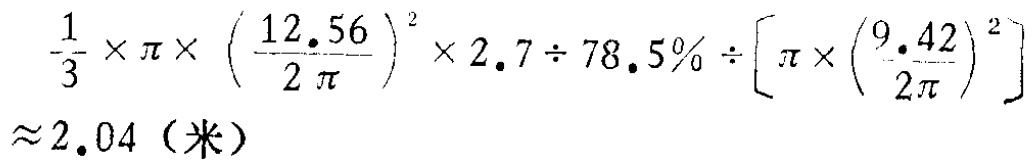
\(\frac{1}{3} \times \pi \times \left(\frac{12.56}{2 \pi}\right)^{2} \times 2.7 \div 78.5\% \div \left[\pi \times \left(\frac{9.42}{2\pi}\right)^{2}\right] \approx 2.04\)（米）